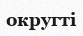
округті